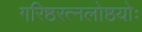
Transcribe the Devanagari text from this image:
गरिष्ठरत्नलोष्ठयोः